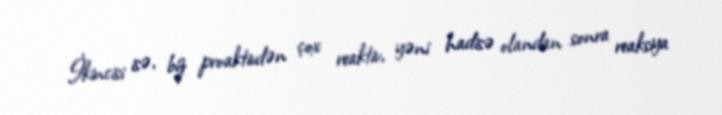
İkincisi isə, biz proaktivdən çox reaktiv, yəni hadisə olandan sonra reaksiya